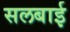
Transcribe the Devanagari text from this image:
सलबाई